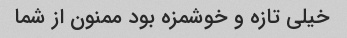
خیلی تازه و خوشمزه بود ممنون از شما